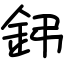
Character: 鈟